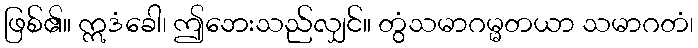
ဖြစ်၏။ ဣဒံခေါ၊ ဤဘေးသည်လျှင်။ တွံသမာဂမ္မတယာ သမာဂတံ၊